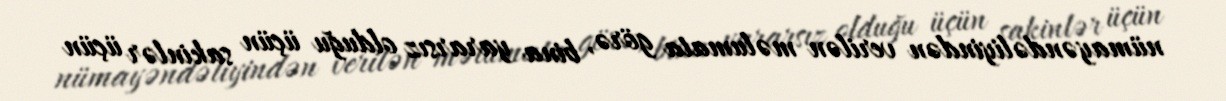
nümayəndəliyindən verilən məlumata görə, bina yararsız olduğu üçün sakinlər üçün